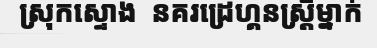
ស្រុកស្ទោង  នគរដ្រេហ្គនស្ត្រីម្នាក់